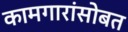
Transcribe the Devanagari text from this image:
कामगारांसोबत